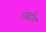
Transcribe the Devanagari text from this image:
अर्द्धांग